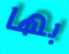
بها